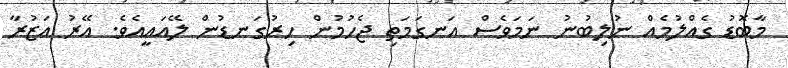
މާބޮޑު ގެއްލުމެއް ނުލިބުނު ނަމަވެސް އަނގަމަތި ޖެހުމުން ހިރުގަނޑުން ލޭއައީއެވެ. އޭރު އަޒުރާ